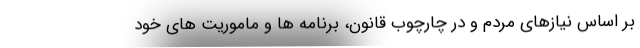
بر اساس نیازهای مردم و در چارچوب قانون، برنامه ها و ماموریت های خود